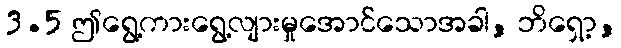
3.5 ဤရွေ့ကားရွေ့လျားမှုအောင်သောအခါ, ဘိရှော့,